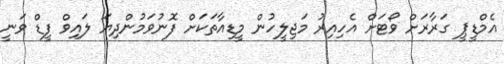
އެމްޑީޕީ ގަރާރަށް ވޯޓަށް އެހިއިރު މަޖިލީހުން މީޑިއާތަކަށް ފޮނުވަމުންދިޔަ ލައިވް ފީޑް ވަނީ